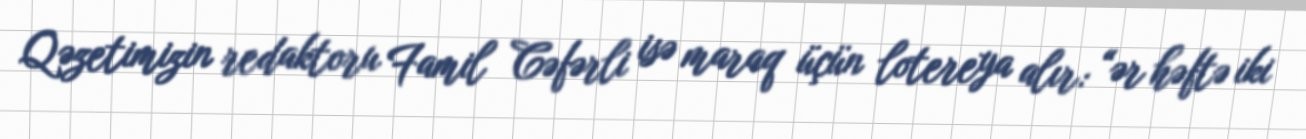
Qəzetimizin redaktoru Famil Cəfərli isə maraq üçün lotereya alır: “ər həftə iki